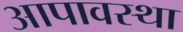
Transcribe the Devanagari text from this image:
आपावस्था